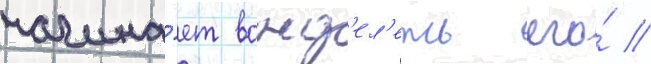
начина́ет вожд'ел'еть его́ //